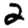
Digit: 2